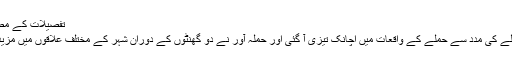
تفصیلات کے مطابق پاناما لیکس مزید پڑھیں
کراچی: خواتین پر تیز دھار آلے کی مدد سے حملے کے واقعات میں اچانک تیزی آ گئی اور حملہ آور نے دو گھنٹوں کے دوران شہر کے مختلف علاقوں میں مزید 5 خواتین کو زخمی کر دیا۔